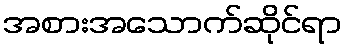
အစားအသောက်ဆိုင်ရာ